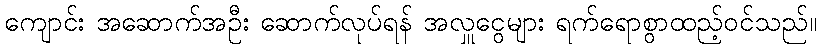
ကျောင်း အဆောက်အဦး ဆောက်လုပ်ရန် အလှူငွေများ ရက်ရောစွာထည့်ဝင်သည်။